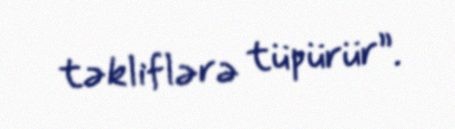
təkliflərə tüpürür”.